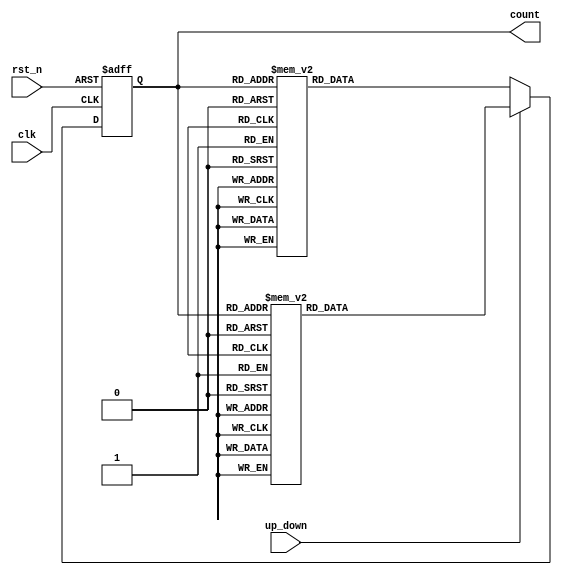
module bidirectional_gray_counter (
    input wire clk,
    input wire rst_n,
    input wire up_down,
    output wire [3:0] count
);

reg [3:0] count_reg;
reg [3:0] next_count;

always @(posedge clk or negedge rst_n) begin
    if (~rst_n) begin
        count_reg <= 4'b0000;
    end else begin
        count_reg <= next_count;
    end
end

always @(*) begin
    if (up_down == 1'b0) begin // decrement
        case(count_reg)
            4'b0000: next_count = 4'b0001;
            4'b0001: next_count = 4'b0011;
            4'b0011: next_count = 4'b0010;
            4'b0010: next_count = 4'b0110;
            4'b0110: next_count = 4'b0100;
            4'b0100: next_count = 4'b0101;
            4'b0101: next_count = 4'b1101;
            4'b1101: next_count = 4'b1100;
            4'b1100: next_count = 4'b1110;
            4'b1110: next_count = 4'b1010;
            4'b1010: next_count = 4'b1011;
            4'b1011: next_count = 4'b1001;
            4'b1001: next_count = 4'b1000;
            4'b1000: next_count = 4'b0000;
            default: next_count = 4'b0000;
        endcase
    end else begin // increment
        case(count_reg)
            4'b0000: next_count = 4'b0001;
            4'b0001: next_count = 4'b0011;
            4'b0011: next_count = 4'b0010;
            4'b0010: next_count = 4'b0110;
            4'b0110: next_count = 4'b0100;
            4'b0100: next_count = 4'b1100;
            4'b1100: next_count = 4'b1101;
            4'b1101: next_count = 4'b1111;
            4'b1111: next_count = 4'b1110;
            4'b1110: next_count = 4'b1010;
            4'b1010: next_count = 4'b1011;
            4'b1011: next_count = 4'b1001;
            4'b1001: next_count = 4'b1000;
            4'b1000: next_count = 4'b0000;
            default: next_count = 4'b0000;
        endcase
    end
end

assign count = count_reg;

endmodule